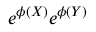
e ^ { \phi ( X ) } e ^ { \phi ( Y ) }